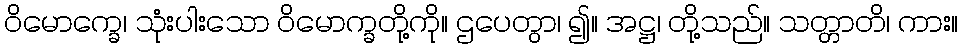
ဝိမောက္ခေ၊ သုံးပါးသော ဝိမောက္ခတို့ကို။ ဌပေတွာ၊ ၍။ အဋ္ဌ၊ တို့သည်။ သတ္တာတိ၊ ကား။